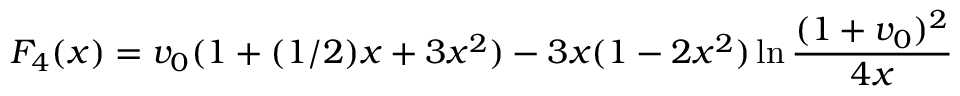
F _ { 4 } ( x ) = v _ { 0 } ( 1 + ( 1 / 2 ) x + 3 x ^ { 2 } ) - 3 x ( 1 - 2 x ^ { 2 } ) \ln { { \frac { ( 1 + v _ { 0 } ) ^ { 2 } } { 4 x } } }